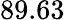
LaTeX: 89.63